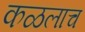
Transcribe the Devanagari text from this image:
कळलाच